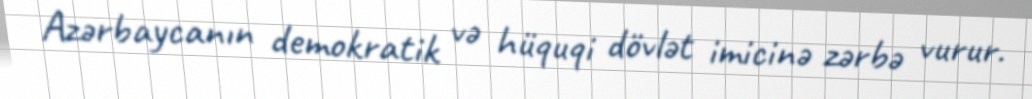
Azərbaycanın demokratik və hüquqi dövlət imicinə zərbə vurur.